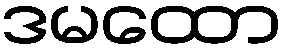
ဒမထော